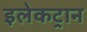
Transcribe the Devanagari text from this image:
इलेकट्रान